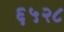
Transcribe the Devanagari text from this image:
६५२८